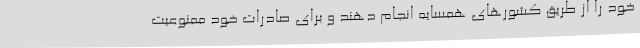
خود را از طریق کشورهای همسایه انجام دهند و برای صادرات خود ممنوعیت